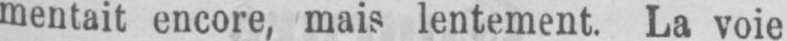
mentait encore, mais lentement. La voie